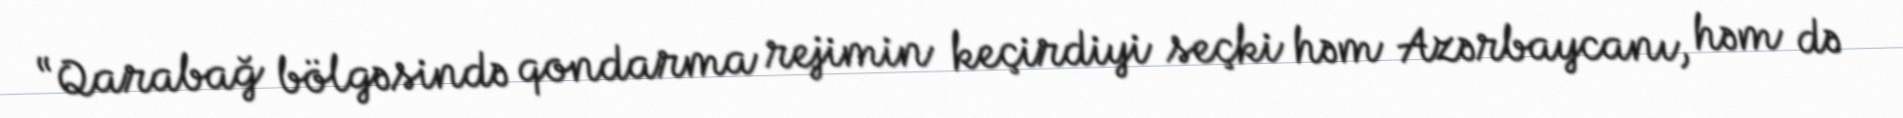
“Qarabağ bölgəsində qondarma rejimin keçirdiyi seçki həm Azərbaycanı, həm də